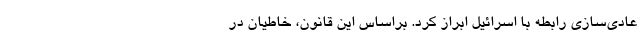
عادی‌سازی رابطه با اسرائیل ابراز کرد. براساس این قانون، خاطیان در